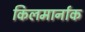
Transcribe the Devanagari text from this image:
किलमार्नाक